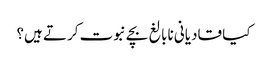
کیا قادیانی نابالغ بچے نبوت کرتے ہیں؟